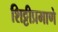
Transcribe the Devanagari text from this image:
शिट्टीप्रमाणे